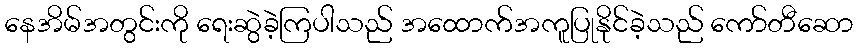
နေအိမ်အတွင်းကို ရေးဆွဲခဲ့ကြပါသည် အထောက်အကူပြုနိုင်ခဲ့သည် ကော်တီဆော